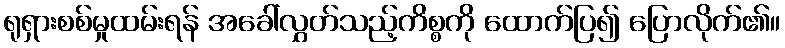
ရုရှားစစ်မှုထမ်းရန် အခေါ်လွှတ်သည့်ကိစ္စကို ထောက်ပြ၍ ပြောလိုက်၏။